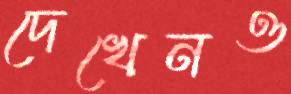
দেখেনও